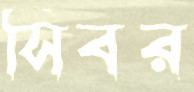
সিবর